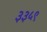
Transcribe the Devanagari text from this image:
३३५९